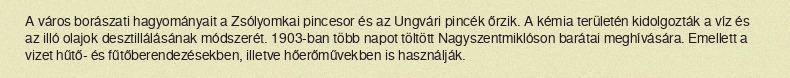
A város borászati hagyományait a Zsólyomkai pincesor és az Ungvári pincék őrzik. A kémia területén kidolgozták a víz és az illó olajok desztillálásának módszerét. 1903-ban több napot töltött Nagyszentmiklóson barátai meghívására. Emellett a vizet hűtő- és fűtőberendezésekben, illetve hőerőművekben is használják.